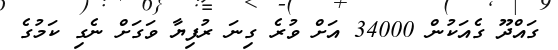
ގައްދޫ ގެއަކުން 34000 އަށް ވުރެ ގިނަ ރުފިޔާ ވަގަށް ނެގި ކަމުގެ